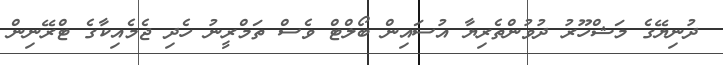
ދުނިޔޭގެ މަޝްހޫރު ދުވުންތެރިޔާ އުސައިން ބޯލްޓް ވެސް ތަމްރީނު ހެދި ޖެމެއިކާގެ ޓްރޭނިން